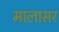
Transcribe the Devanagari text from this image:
मालासर